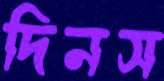
দিনস